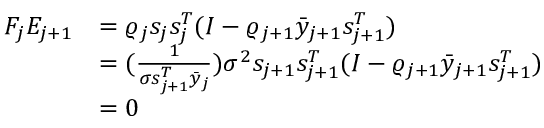
\begin{array} { r l } { F _ { j } E _ { j + 1 } } & { = \varrho _ { j } { s _ { j } s _ { j } ^ { T } } ( I - \varrho _ { j + 1 } \bar { y } _ { j + 1 } s _ { j + 1 } ^ { T } ) } \\ & { = ( \frac { 1 } { \sigma s _ { j + 1 } ^ { T } \bar { y } _ { j } } ) \sigma ^ { 2 } s _ { j + 1 } s _ { j + 1 } ^ { T } ( I - \varrho _ { j + 1 } \bar { y } _ { j + 1 } s _ { j + 1 } ^ { T } ) } \\ & { = 0 } \end{array}